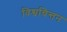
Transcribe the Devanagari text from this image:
विश्वचिन्तन